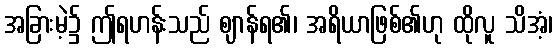
အခြားမဲ့၌ ဤရဟန်းသည် ဈာန်ရ၏၊ အရိယာဖြစ်၏ဟု ထိုလူ သိအံ့၊